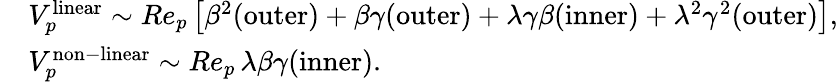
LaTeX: \begin{array}{rl}&{V_{p}^{\mathrm{linear}}\sim Re_{p}\left[\beta^{2}(\mathrm{outer})+\beta\gamma(\mathrm{outer})+\lambda\gamma\beta(\mathrm{inner})+\lambda^{2}\gamma^{2}(\mathrm{outer})\right],}\\ &{V_{p}^{\mathrm{non-linear}}\sim Re_{p}\, \lambda\beta\gamma(\mathrm{inner}).}\end{array}